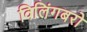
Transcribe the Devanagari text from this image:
विलिंगबरो